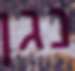
נגן